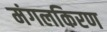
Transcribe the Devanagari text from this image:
मंगलकिरण